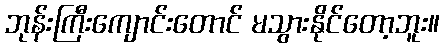
ဘုန်းကြီးကျောင်းတောင် မသွားနိုင်တော့ဘူး။